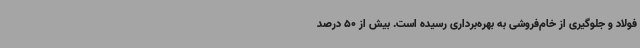
فولاد و جلوگیری از خام‌فروشی به بهره‌برداری رسیده است. بیش از 50 درصد